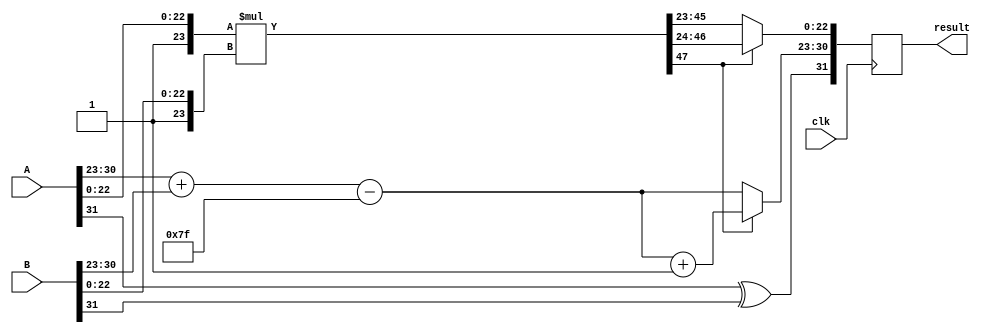
module multiply #(parameter width = 31)
                                (input [width:0] A,
                                 input [width:0] B,
                                 input clk,
                                 output reg [width:0] result);

    reg [23:0] A_Mantissa, B_Mantissa;
    reg [22:0] Mantissa;
    reg [47:0] Temp_Mantissa;
    reg [7:0] A_Exponent, B_Exponent, Temp_Exponent, diff_Exponent, Exponent;
    reg A_sign, B_sign, Sign;
    
    always @ (posedge clk) begin
        A_Mantissa = {1'b1,A[22:0]};
        A_Exponent = A[30:23];
        A_sign = A[width];
          
        B_Mantissa = {1'b1,B[22:0]};
        B_Exponent = B[30:23];
        B_sign = B[width];
        
        Temp_Exponent = A_Exponent + B_Exponent - 127;
        Temp_Mantissa = A_Mantissa * B_Mantissa;
        
        Mantissa = Temp_Mantissa[47] ? Temp_Mantissa[46:24] : Temp_Mantissa[45:23];
        Exponent = Temp_Mantissa[47] ? Temp_Exponent + 1'b1 : Temp_Exponent;
        
        Sign = A_sign ^ B_sign;
        
        result = {Sign, Exponent, Mantissa};
    end
endmodule